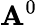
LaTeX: \mathbf{A}^{0}